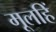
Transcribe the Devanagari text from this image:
मूलहिं